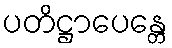
ပတိဋ္ဌာပေန္တေ